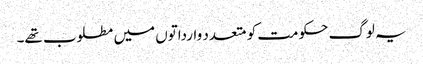
یہ لوگ حکومت کو متعدد وارداتوں میں مطلوب تھے۔